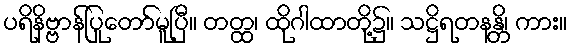
ပရိနိဗ္ဗာန်ပြုတော်မူပြီ။ တတ္ထ၊ ထိုဂါထာတို့၌။ သဋ္ဌိရတနန္တိ၊ ကား။